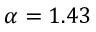
\alpha = 1 . 4 3